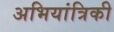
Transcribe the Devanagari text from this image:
अभियांत्रिकी